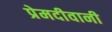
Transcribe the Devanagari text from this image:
प्रेमदीवानी